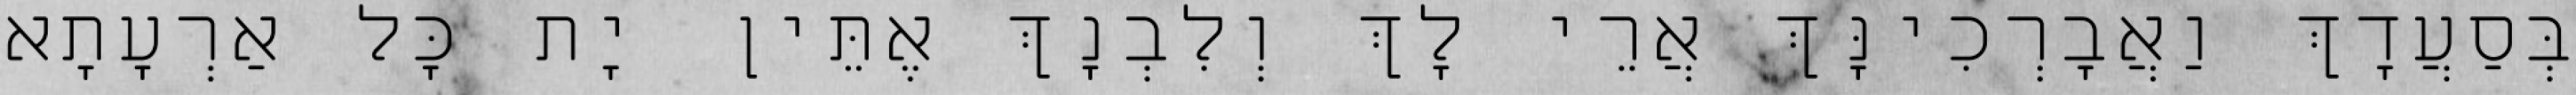
בְּסַעֲדָךְ וַאֲבָרְכִינָּךְ אֲרֵי לָךְ וְלִבְנָךְ אֶתֵּין יָת כָּל אַרְעָתָא